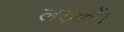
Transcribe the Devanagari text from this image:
लड़कों।